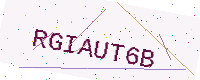
Text: RGIAUT6B